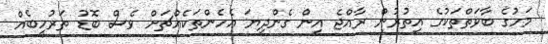
މަހުގެ ބާވަތްތަކުގެ އިތުރުން ރާއްޖެ އިން ގެންދިޔަ އެހެންތަކެއްޗަށް ވެސް ބޮޑު ތަރުހީބެއް